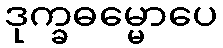
ဒုက္ခဓမ္မောပေ